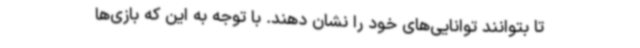
تا بتوانند توانایی‌های خود را نشان دهند. با توجه به این که بازی‌ها